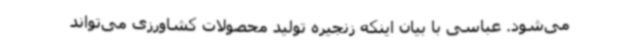
می‌شود. عباسی با بیان اینکه زنجیره تولید محصولات کشاورزی می‌تواند